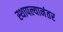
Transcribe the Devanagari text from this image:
स्थापल्यानंतर